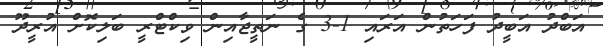
އަބްދު އަބީދު ފަހަތުން އަރައި 1-3 ގެ ނަތީޖާއިން ވިކްޓްރީ ބަލިކޮށް އުރީދޫ